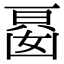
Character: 𭂾